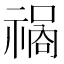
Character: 𱵣